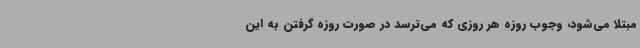
مبتلا می‌شود، وجوب روزه هر روزی که می‌ترسد در صورت روزه گرفتن به این